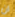
ان